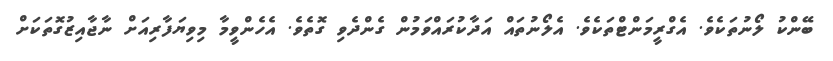
ބޭންކު ލޯނުތަކެވެ. އެގްރީމަންޓްތަކެވެ. އެލޯނުތައް އަދާކުރައްވަމުން ގެންދެވި ގޮތެވެ. އެހެންވީމާ މިވިޔަފާރިއަށް ނާޖާއިޒުގޮތަކަށް